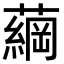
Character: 𮒔